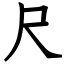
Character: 尺